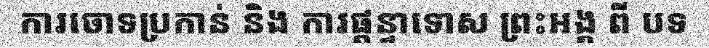
ការចោទប្រកាន់ និង ការផ្តន្ទាទោស ព្រះអង្គ ពី បទ